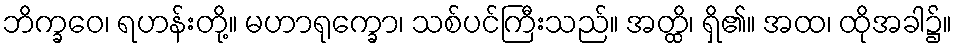
ဘိက္ခဝေ၊ ရဟန်းတို့။ မဟာရုက္ခော၊ သစ်ပင်ကြီးသည်။ အတ္ထိ၊ ရှိ၏။ အထ၊ ထိုအခါ၌။